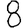
Digit: 8